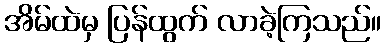
အိမ်ထဲမှ ပြန်ထွက် လာခဲ့ကြသည်။